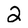
Character: 2